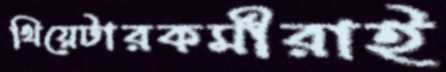
থিয়েটারকর্মীরাই